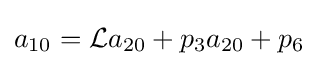
a_{10}={\mathcal {L}}a_{20}+p_{3}a_{20}+p_{6}